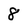
Character: 8